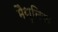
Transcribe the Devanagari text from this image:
मैथुनिक